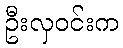
ဦးလှဝင်းက